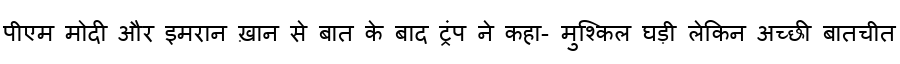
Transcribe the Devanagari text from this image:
पीएम मोदी और इमरान ख़ान से बात के बाद ट्रंप ने कहा- मुश्किल घड़ी लेकिन अच्छी बातचीत